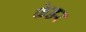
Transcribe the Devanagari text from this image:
फेडर